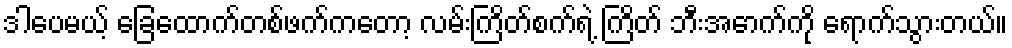
ဒါပေမယ့် ခြေထောက်တစ်ဖက်ကတော့ လမ်းကြိတ်စက်ရဲ့ ကြိတ် ဘီးအောက်ကို ရောက်သွားတယ်။